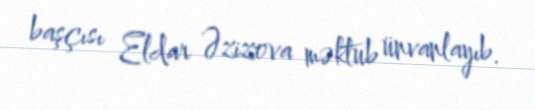
başçısı Eldar Əzizova məktub ünvanlayıb.